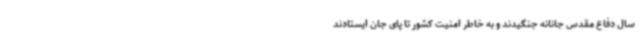
سال دفاع مقدس جانانه جنگیدند و به خاطر امنیت کشور تا پای جان ایستادند